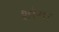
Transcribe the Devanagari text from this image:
शोगा